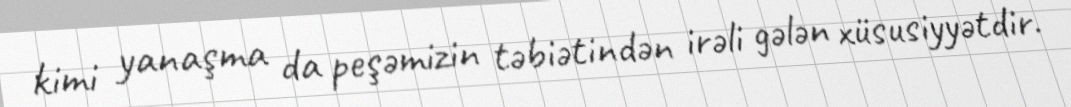
kimi yanaşma da peşəmizin təbiətindən irəli gələn xüsusiyyətdir.